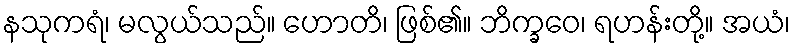
နသုကရံ၊ မလွယ်သည်။ ဟောတိ၊ ဖြစ်၏။ ဘိက္ခဝေ၊ ရဟန်းတို့။ အယံ၊